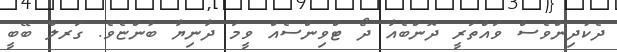
ދެކުދިންވެސް ވައްތަރީ ދޮންބެއާ ދޯ ޓްވިންސެއް ވީމަ ދާނިޔާ ބުންޏެވެ. ގަރލް ބޭބީ